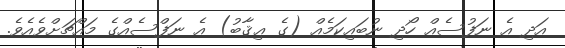
އަދި އެ ނަފުސެއް ހޯދި ނުބައިކަމެއް (ގެ ޢިޤާބު) އެ ނަފްސެއްގެ މައްޗަށްވެއެވެ.